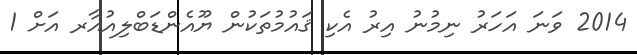
2014 ވަނަ އަހަރު ނިމުނު އިރު އެކި ޤައުމުތަކުން ޔޫއެންޑަބްލިއުއާރ އަށް 1